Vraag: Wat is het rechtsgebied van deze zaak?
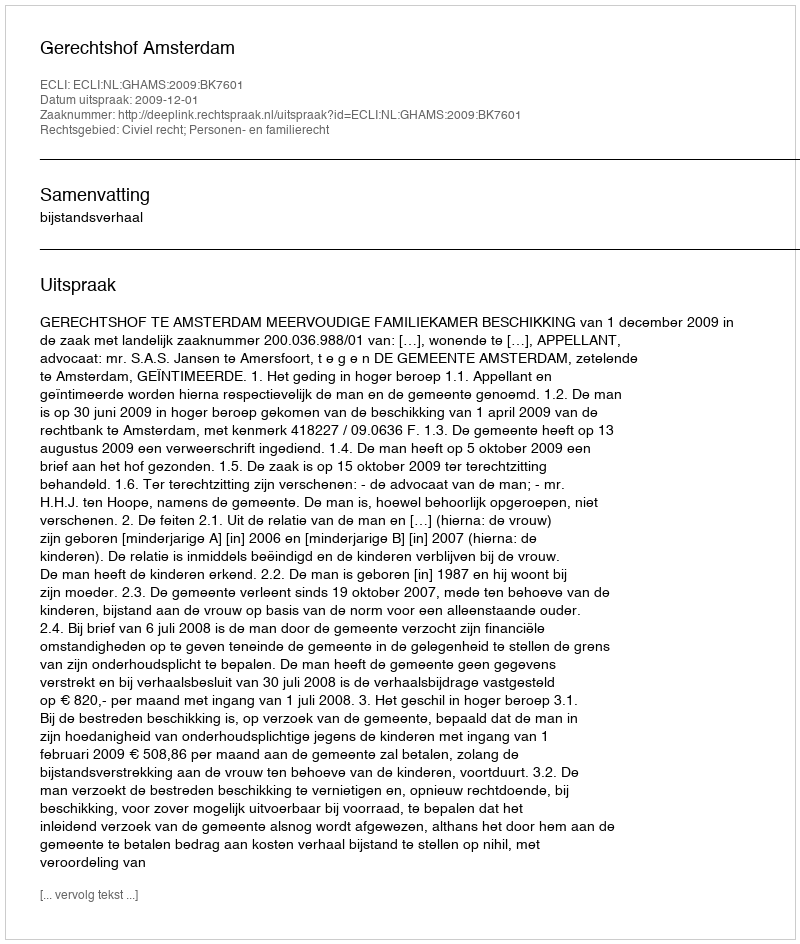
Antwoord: Civiel recht; Personen- en familierecht